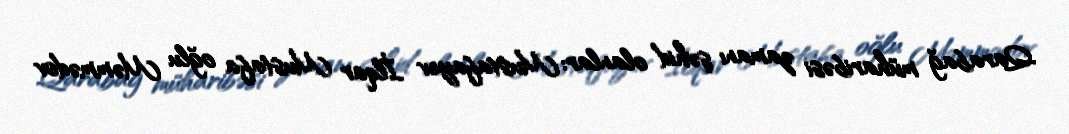
Qarabağ müharibəsi zamanı şəhid olanlar: Mustafayev İlqar Mustafa oğlu Məmmədov